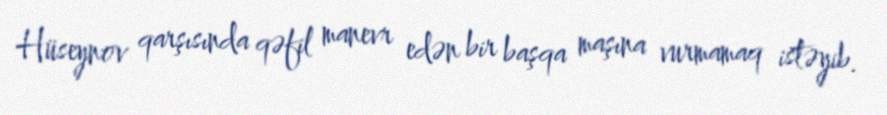
Hüseynov qarşısında qəfil manevr edən bir başqa maşına vurmamaq istəyib.